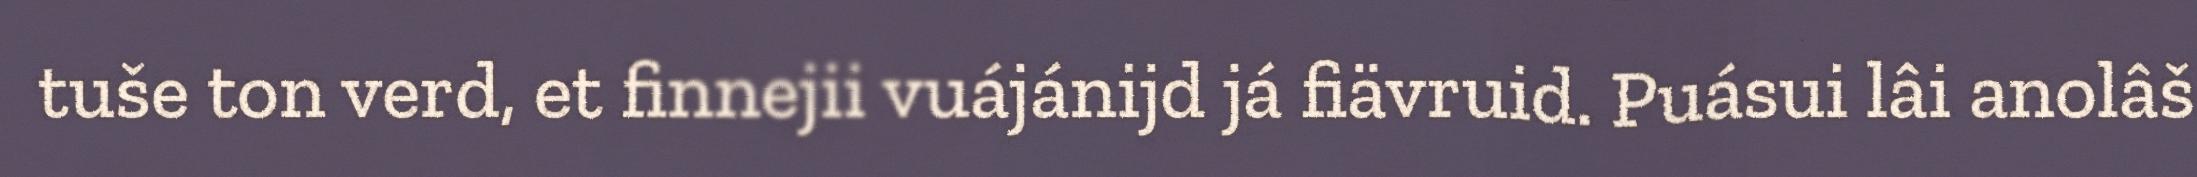
tuše ton verd, et finnejii vuájánijd já fiävruid. Puásui lâi anolâš